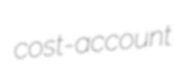
cost-account